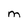
Character: M